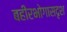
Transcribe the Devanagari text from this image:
बहीरभोगासदृश